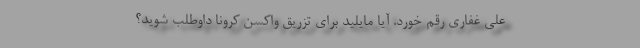
علی غفاری رقم خورد. آیا مایلید برای تزریق واکسن کرونا داوطلب شوید؟